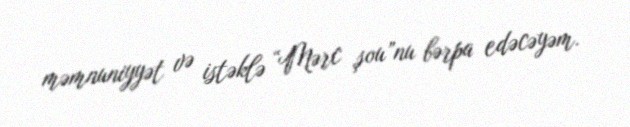
məmnuniyyət və istəklə “Mərc şou”nu bərpa edəcəyəm.